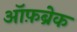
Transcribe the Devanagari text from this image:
ऑफ़ब्रेक